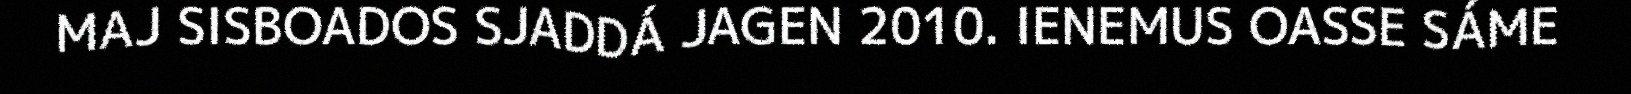
MAJ SISBOADOS SJADDÁ JAGEN 2010. IENEMUS OASSE SÁME